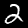
Label: 2